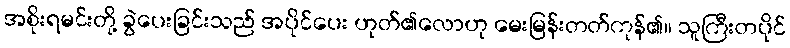
အစိုးရမင်းတို့ ခွဲပေးခြင်းသည် အပိုင်ပေး ဟုတ်၏လောဟု မေးမြန်းတတ်ကုန်၏။ သူကြီးတပိုင်